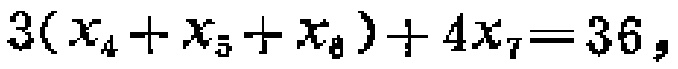
\(3(x_{4}+x_{5}+x_{8}) + 4x_{7}=36\)